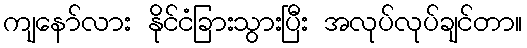
ကျနော်လား နိုင်ငံခြားသွားပြီး အလုပ်လုပ်ချင်တာ။